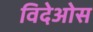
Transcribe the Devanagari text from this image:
विदेओस